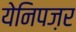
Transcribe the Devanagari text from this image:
येनिपज़र